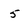
Character: 5